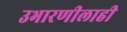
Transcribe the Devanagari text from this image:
उभारणीलाही